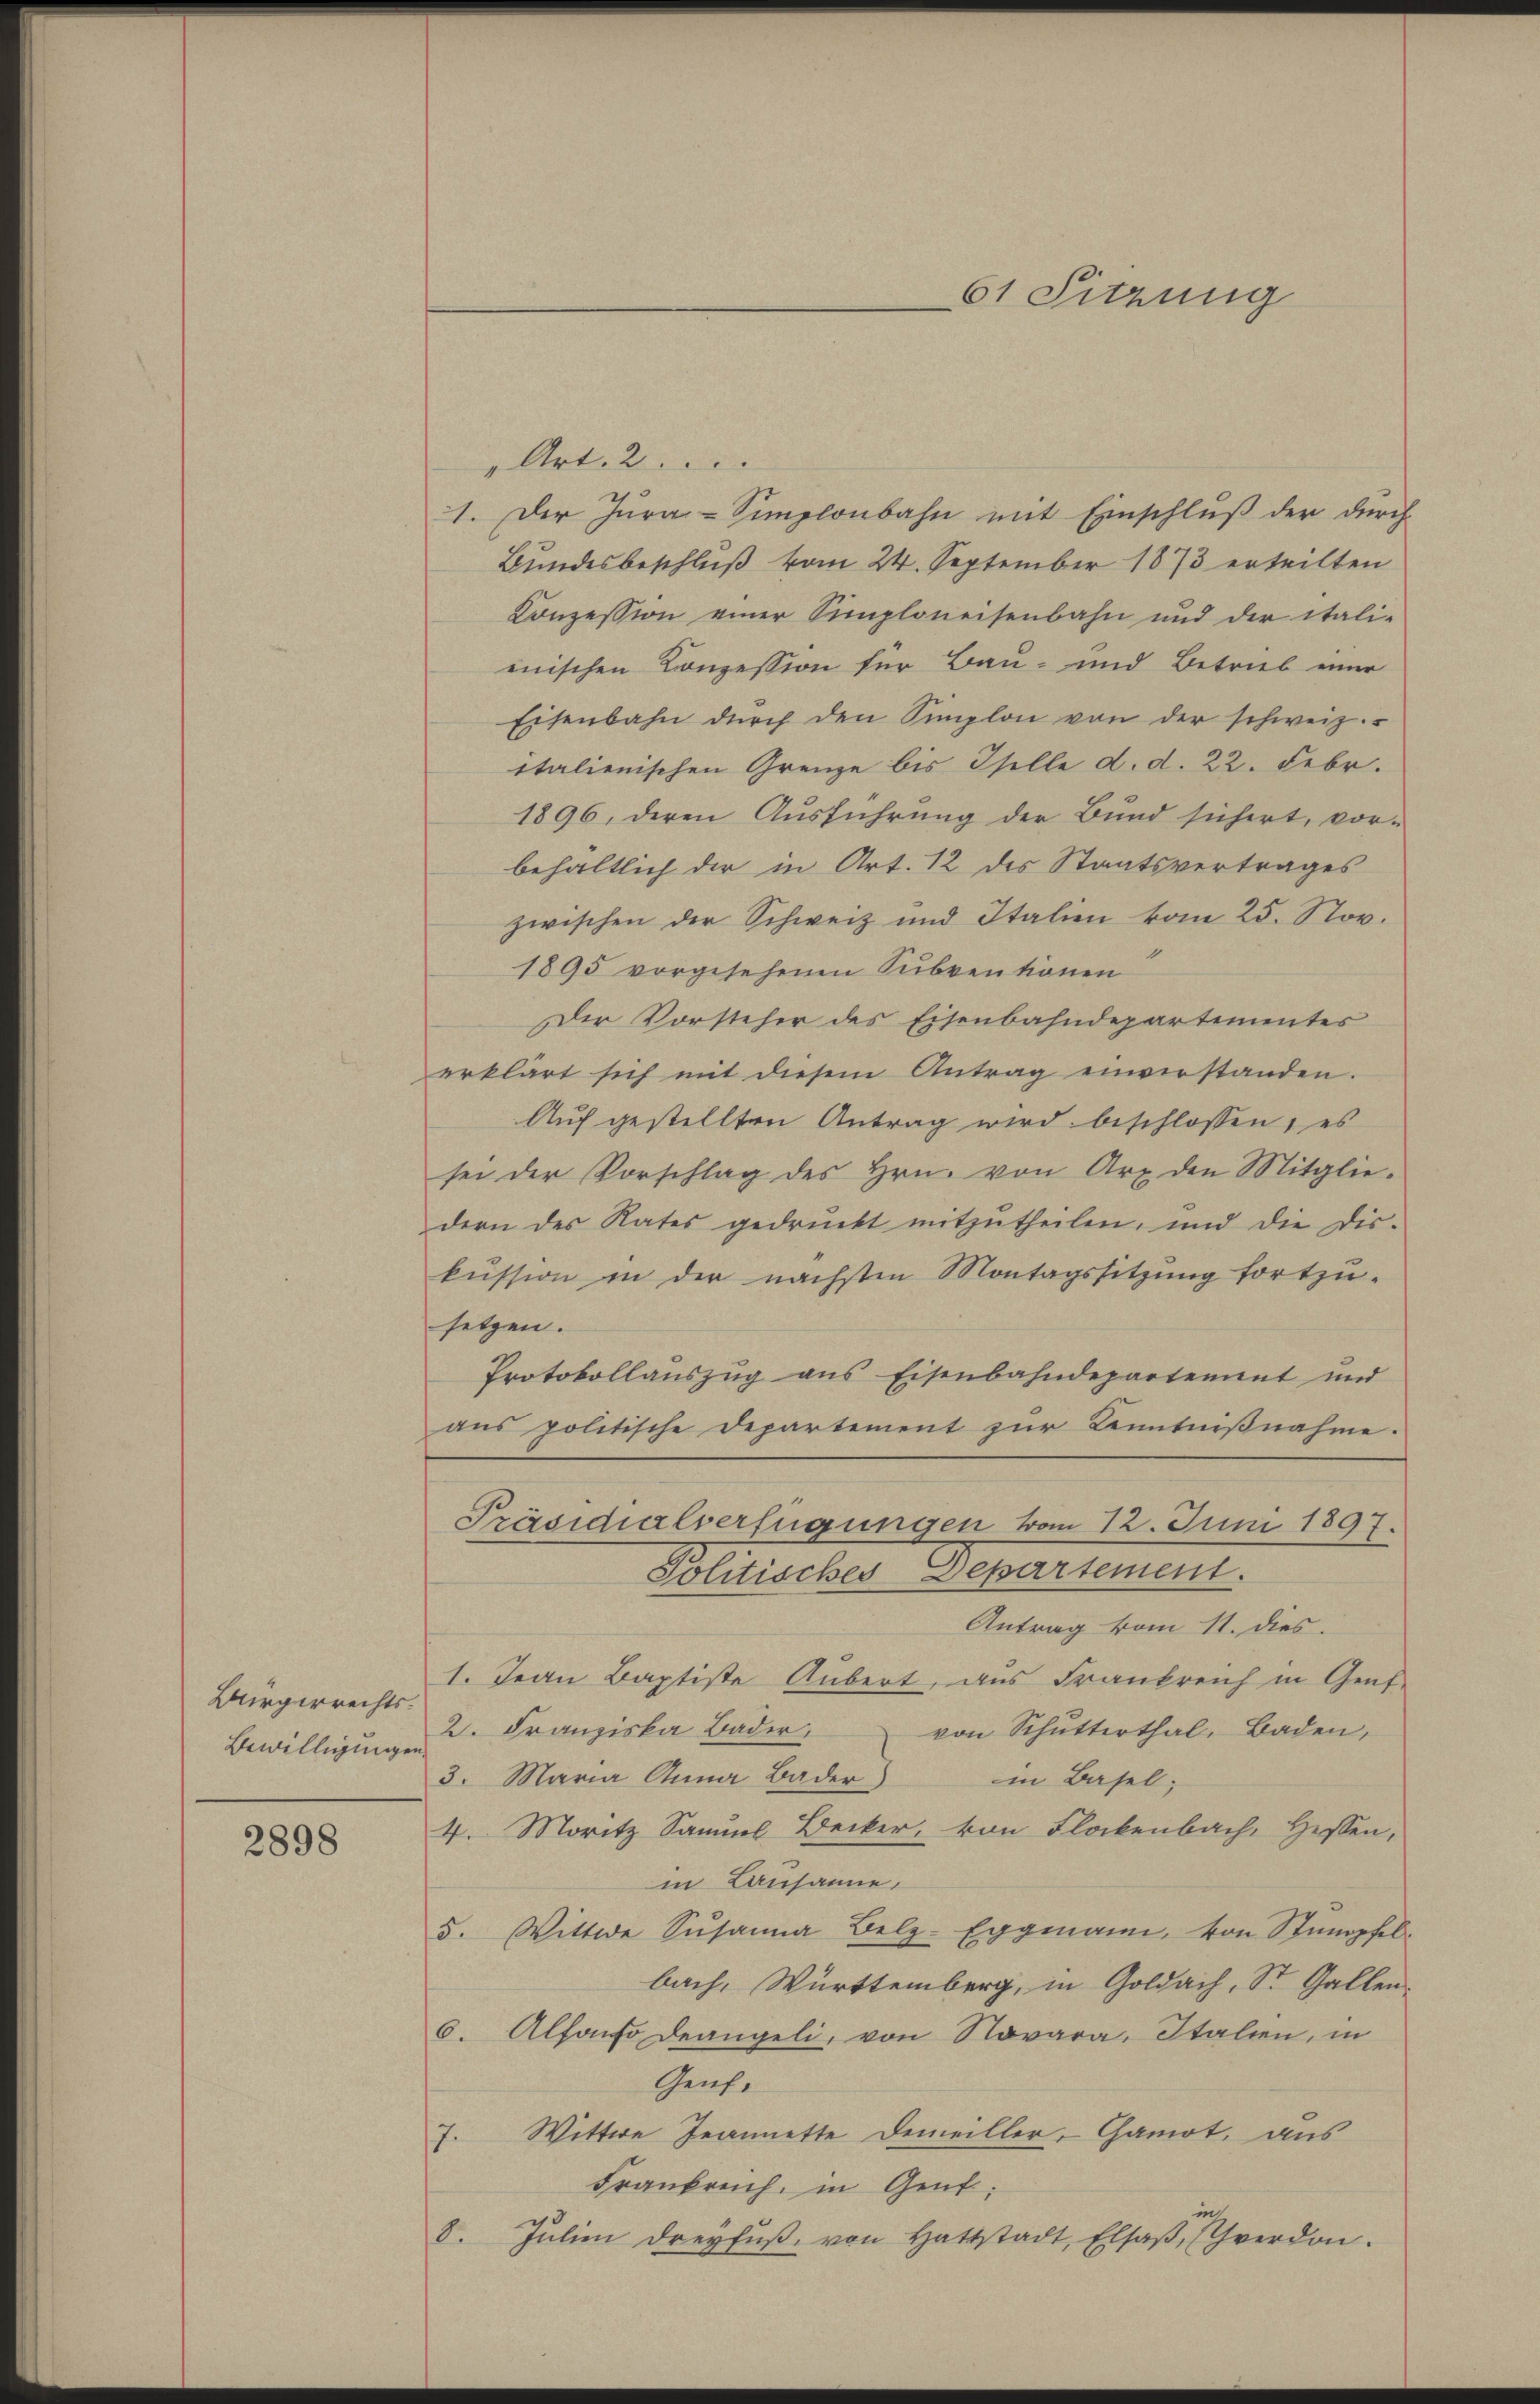
Bürgerrechts.
Bewilligungen

2898

Art. 2
1. Der Jura-Simplonbahn mit Einschluß der durch
Bundesbeschluß vom 24. September 1873 erteilten
Conzession einer Simploneisenbahn und der itali-
einschen Conzession für Bau- und Betrieb einer
Eisenbahn durch den Simplon von der schweiz.
italienischen Grenze bis Iselle d. d. 22. Febr.
1896, deren Ausführung der Bund sichert, vor-
behältlich der in Art. 12 des Staatsvertrages
zwischen der Schweiz und Italien vom 25. Nov.
1
1895 vorgesehenen Subventionen
Der Vorsteher des Eisenbahndepartementes
erklärt sich mit diesem Antrag einverstanden.
Auf gestellten Antrag wird beschlossen, es
sei der Vorschlag des Hrn. von Art den Mitglie-
dern des Rates gedruckt mitzutheilen, und die Dis-
kŭssion in der nächsten Montagssitzŭng fortzu-
setzen.
Protokollaŭszŭg ans Eisenbahndepartement und
aus politische Departement zur Kenntnißnahme.
Präsidialverfügungen vom 12. Juni 1897.
Politisches Departement.
Antrag vom 11. dies.
1. Jean Baptiste Anbert, aus Frankreich in Genf
2. Franziska Bader,
von Schutterthal, Baden,
3. Maria Anna Bader)
in Basel;
4. Moritz Samuel Becker, von Flockenbach, Hessen,
in Lausane,
5. Wittwe Susanna Belz-Eggmann, von Stumpfelbach, Württemberg, in Goldach, St. Gallen.
6. Alfondo deangeli, von Novara, Italien, in
Genf.
7. Wittwe Jeannette demeiller-Camot, aus
Frankreich, in Gent:
8. Jŭlien dreyfŭβ von Hattstadt, Elsaβ, Schverdon.

61 Sitzung